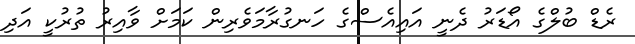
ރެޑް ބުލްގެ އޯޑަރު ދެނީ އައިއެސްގެ ހަނގުރާމަވެރިން ކަމަށް ވާއިރު ތުރުކީ އަދި